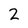
Character: 2